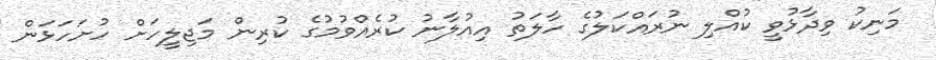
މަނިކު ވިދާޅުވީ ކުއްލި ނުރައްކަލުގެ ހާލަތު އިއުލާނު ކުރެއްވުމުގެ ކުރިން މަޖިލީހަށް ހުށަހަޅަން